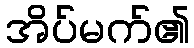
အိပ်မက်၏